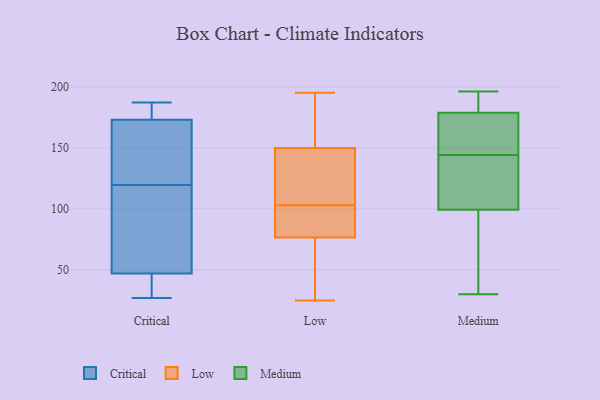
{"axis": {"x": "Page Views", "y": "Value"}, "legend": ["Critical", "Low", "Medium"], "data": [{"x": "", "y": 187, "type": "Critical"}, {"x": "", "y": 173, "type": "Critical"}, {"x": "", "y": 112, "type": "Critical"}, {"x": "", "y": 175, "type": "Critical"}, {"x": "", "y": 27, "type": "Critical"}, {"x": "", "y": 47, "type": "Critical"}, {"x": "", "y": 127, "type": "Critical"}, {"x": "", "y": 36, "type": "Critical"}, {"x": "", "y": 136, "type": "Critical"}, {"x": "", "y": 95, "type": "Critical"}, {"x": "", "y": 89, "type": "Low"}, {"x": "", "y": 25, "type": "Low"}, {"x": "", "y": 115, "type": "Low"}, {"x": "", "y": 31, "type": "Low"}, {"x": "", "y": 158, "type": "Low"}, {"x": "", "y": 188, "type": "Low"}, {"x": "", "y": 195, "type": "Low"}, {"x": "", "y": 88, "type": "Low"}, {"x": "", "y": 125, "type": "Low"}, {"x": "", "y": 194, "type": "Low"}, {"x": "", "y": 57, "type": "Low"}, {"x": "", "y": 103, "type": "Low"}, {"x": "", "y": 76, "type": "Low"}, {"x": "", "y": 107, "type": "Low"}, {"x": "", "y": 78, "type": "Low"}, {"x": "", "y": 119, "type": "Medium"}, {"x": "", "y": 176, "type": "Medium"}, {"x": "", "y": 144, "type": "Medium"}, {"x": "", "y": 196, "type": "Medium"}, {"x": "", "y": 132, "type": "Medium"}, {"x": "", "y": 187, "type": "Medium"}, {"x": "", "y": 172, "type": "Medium"}, {"x": "", "y": 143, "type": "Medium"}, {"x": "", "y": 191, "type": "Medium"}, {"x": "", "y": 35, "type": "Medium"}, {"x": "", "y": 40, "type": "Medium"}, {"x": "", "y": 169, "type": "Medium"}, {"x": "", "y": 30, "type": "Medium"}]}